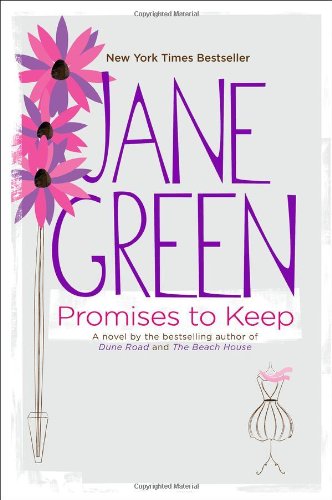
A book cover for Promises to Keep: A Novel; Jane Green; Literature & Fiction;